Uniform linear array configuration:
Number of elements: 48
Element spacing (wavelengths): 0.75
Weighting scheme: binomial
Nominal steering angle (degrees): -30
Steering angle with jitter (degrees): -30.653
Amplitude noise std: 0.05
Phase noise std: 0.05

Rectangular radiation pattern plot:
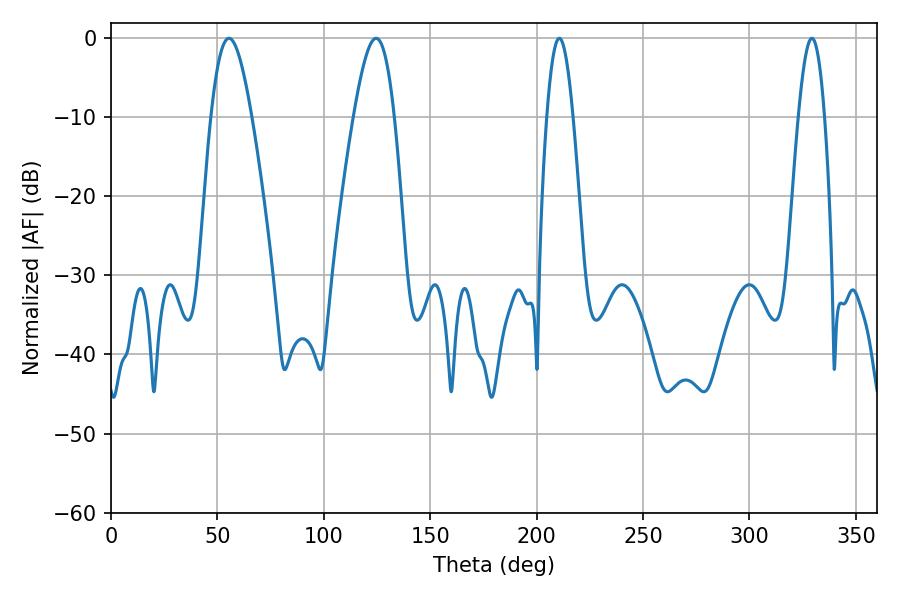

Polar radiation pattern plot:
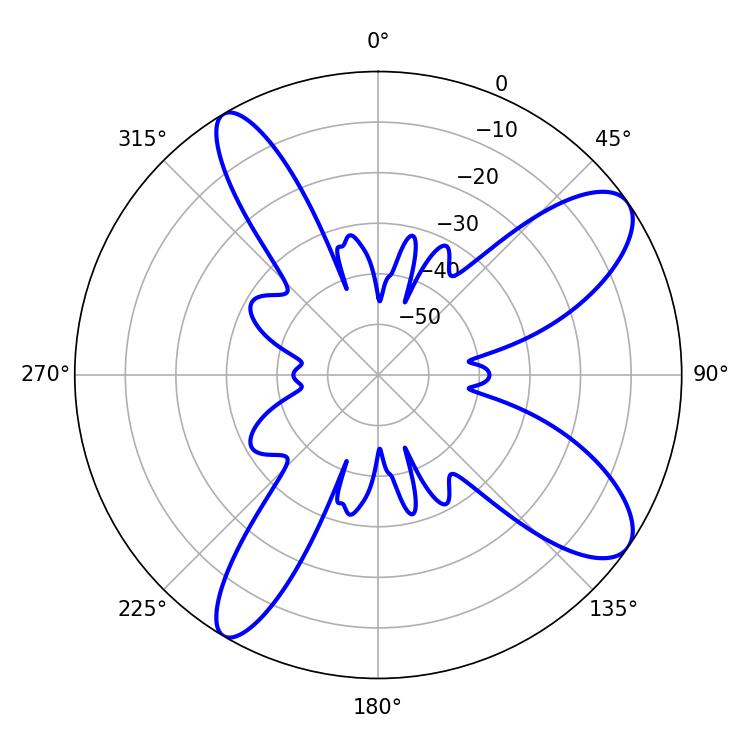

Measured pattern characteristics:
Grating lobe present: TRUE
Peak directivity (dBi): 10.132
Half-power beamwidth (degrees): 10.26
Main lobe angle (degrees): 55.44